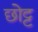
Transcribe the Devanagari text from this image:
छोट्ट